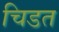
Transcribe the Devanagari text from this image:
चिडत